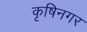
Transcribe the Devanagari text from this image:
कृषिनगर